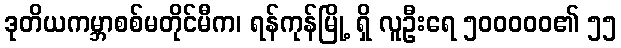
ဒုတိယကမ္ဘာစစ်မတိုင်မီက၊ ရန်ကုန်မြို့ ရှိ လူဦးရေ ၅၀၀၀၀၀၏ ၅၅